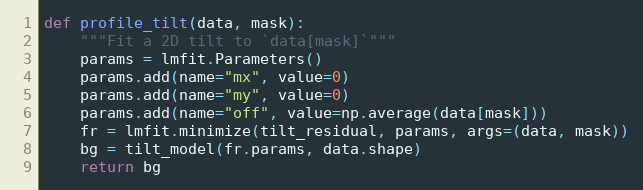
Language: Python
def profile_tilt(data, mask):
    """Fit a 2D tilt to `data[mask]`"""
    params = lmfit.Parameters()
    params.add(name="mx", value=0)
    params.add(name="my", value=0)
    params.add(name="off", value=np.average(data[mask]))
    fr = lmfit.minimize(tilt_residual, params, args=(data, mask))
    bg = tilt_model(fr.params, data.shape)
    return bg